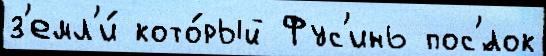
з'емл'и́ кото́рый Фус'инь пос'́лок